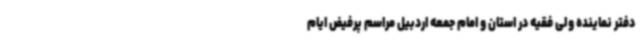
دفتر نماینده ولی فقیه در استان و امام جمعه اردبیل مراسم پرفیض ایام